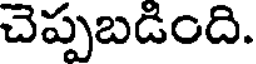
చెప్పబడింది.